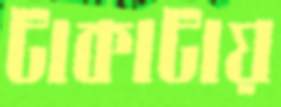
টাকাটায়